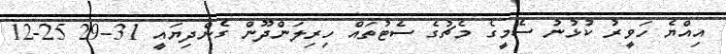
އިއްޔެ ހަވީރު ކުޅުނު ސެމީގެ މެޗުގެ ސެޓުތައް ހިރިލަންދޫން ގެންދިޔައީ 31-29 25-12